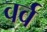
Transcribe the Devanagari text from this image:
वर्व